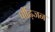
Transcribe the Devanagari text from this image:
पीढ़िजन